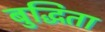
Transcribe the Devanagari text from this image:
बुद्धिता